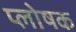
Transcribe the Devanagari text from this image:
प्लोषक